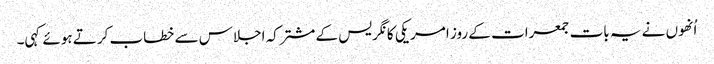
اُنھوں نے یہ بات جمعرات کے روز امریکی کانگریس کے مشترکہ اجلاس سے خطاب کرتے ہوئے کہی۔